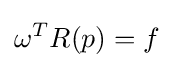
\omega ^{T}R(p)=f